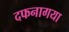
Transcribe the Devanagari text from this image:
दफनागया